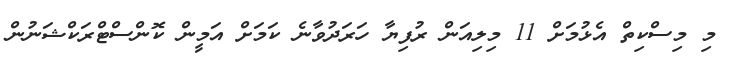
މި މިސްކިތް އެޅުމަށް 11 މިލިއަން ރުފިޔާ ހަރަދުވާނެ ކަމަށް އަމީން ކޮންސްޓްރަކްޝަނުން